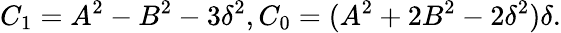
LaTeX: C_{1}=A^{2}-B^{2}-3\delta^{2},C_{0}=(A^{2}+2B^{2}-2\delta^{2})\delta.